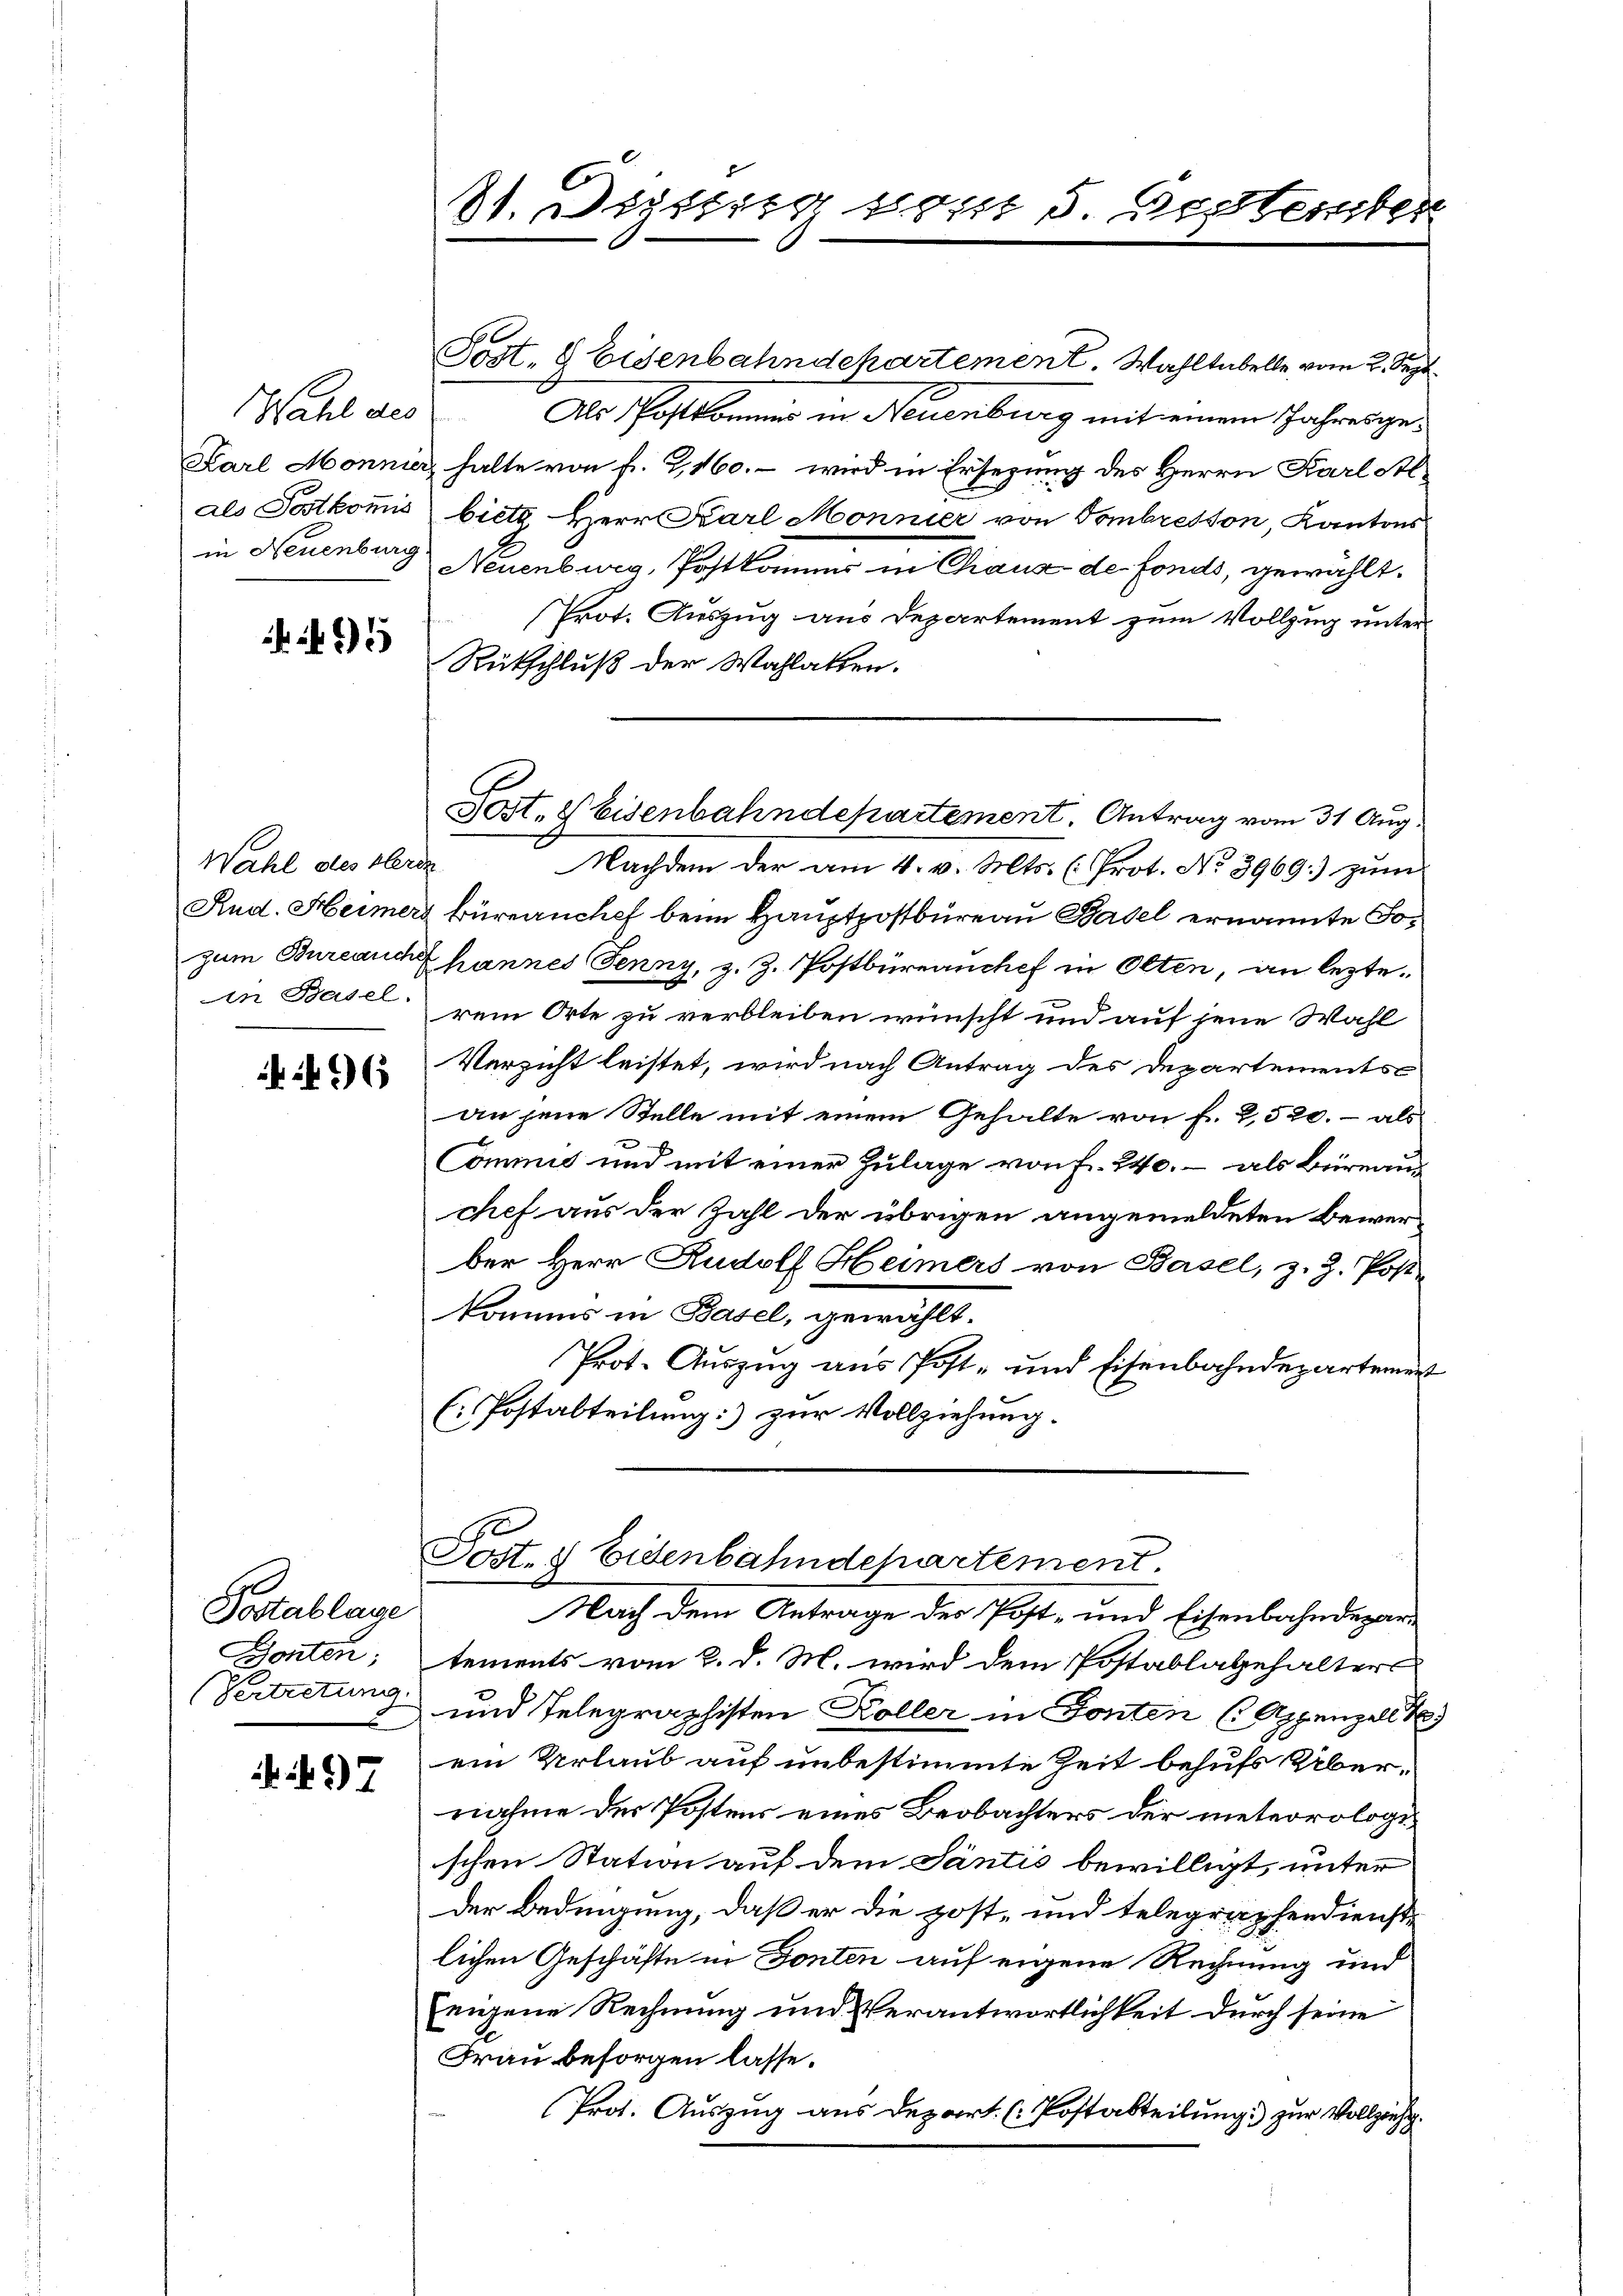
Wahl des
Karl Monnier
als Postkommis
in Neuenburg

15

Wahl des Klerin
Rud. Heimers

496

Postablage
Zonten;
Vertretung

97

31. Dessing seit 5. September

Sost. Seisenbahndepartement. Antrag vom 31 Aug.

Post. 8 Eisenbahndepartement. Wahltabelle vom 2. Sept.
Dr Postkommen in Neuenburg mit einem Jahresges
u halte von f. 2, 160. – wird in Ersezung des Herrn Karl St
biete Herr Carl Monnier von Tombresson, Kantons
Neuenburg, Postkommis in Chiaux de fonds, gewählt.
Prot. Auszug aus Departement zum Vollzug unter
Rückschluß der Wahlakten.
Nachdem der am 4. v. Mts. (Prot. No 3969.) zum
Büreanchef beim Hauptpostbüreau Basel ernannte Tozum Bureauch hannes Jenny, z. Z. Postbüreauchef in Olten, an leztein Basel, rein Orte zu verbleiben wünscht und auf jene Wahl
Verzicht leistet, wird nach Antrag des Departementsan jene Stelle mit einem Gehalte von f. 2,520.- als
Commis und mit einer Zulage von Fr. 240. – als Büreaus
chef aus der Zahl der übrigen angemeldeten Bewerber Herr Rudolf Heimers von Basel, z. Z. Post-
komms in Basel, gewählt.
Prot. Auszug aus Post- und Eisenbahndepartement
Postalteilung) zur Vollziehung.

Post. 8 Eidenbahndepartement.

Nach dem Antrage des Post- und Eisenbahndepartements vom 2. d. M. wird dem Postablagehalters
und Telegraphisten Koller in Fonten (Appenzell t
ein Urlaub auf unbestimmte Zeit behufs Übernahme der Postens eines Beobachters der meteorologeschen Station auf dem Santis bewilligt, unter
Der Bedingung, daß er die post- und telegraphendienstlichen Geschäfte in Fonten auf eigene Rechnung und
eigene Rechnung und Verantwortlichkeit durch seine
Frau besorgen lasse.
Prot. Auszug aus Depart. (Postabteilung) zur Vollziehe
g.